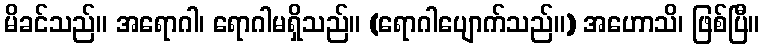
မိခင်သည်။ အရောဂါ၊ ရောဂါမရှိသည်။ (ရောဂါပျောက်သည်။) အဟောသိ၊ ဖြစ်ပြီ။